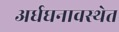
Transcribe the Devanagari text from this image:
अर्धघनावस्थेत